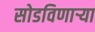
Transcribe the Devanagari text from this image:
सोडविणाऱ्या